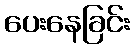
ပေးနေခြင်း